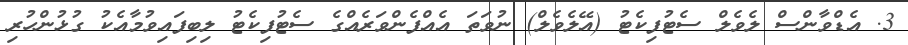
3. އެޑްވާންސް ލެވެލް ސެޓުފިކެޓު (އޭލެވެލް) ނުވަތަ އެއްފެންވަރެއްގެ ސެޓުފިކެޓު ލިބިފައިވުމާއެކު ގުޅުންހުރި